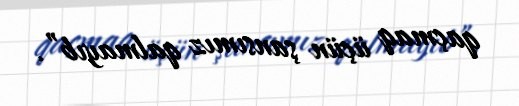
qaçmaq üçün şansımız qalmayıb”.